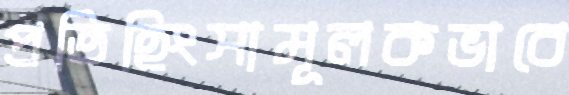
প্রতিহিংসামূলকভাবে